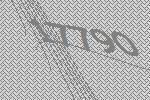
17790